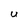
Character: U